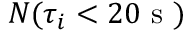
N ( \tau _ { i } < 2 0 \mathrm { ~ s ~ } )